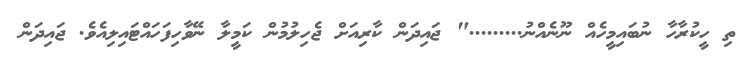
ތި ހީކުރާހާ ނުބައިމީހެއް ނޫނެއްނު........." ޖައިދަން ކާރިއަށް ޖެހިލުމުން ކަމީލާ ނޭވާހިފަހައްޓައިލިއެވެ. ޖައިދަން